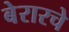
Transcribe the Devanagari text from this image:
बेरारचे